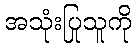
အသုံးပြုသူကို